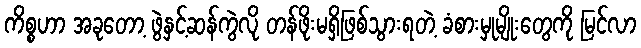
ကိစ္စဟာ အခုတော့ ဖွဲနှင့်ဆန်ကွဲလို တန်ဖိုးမရှိဖြစ်သွားရတဲ့ ခံစားမှုမျိုးတွေကို မြင်လာ